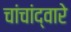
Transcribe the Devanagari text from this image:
चांचांद्वारे